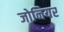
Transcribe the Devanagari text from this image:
जोनियर